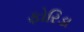
ફોરિડા